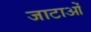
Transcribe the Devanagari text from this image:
जाटाओं